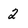
Character: 2